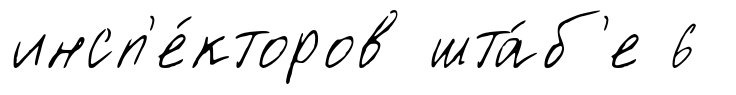
инсп'е́кторов шта́б'е 6